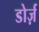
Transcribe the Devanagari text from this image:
डोर्ज़